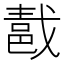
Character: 𨛚